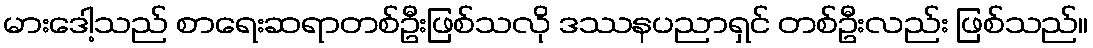
မားဒေါ့သည် စာရေးဆရာတစ်ဦးဖြစ်သလို ဒဿနပညာရှင် တစ်ဦးလည်း ဖြစ်သည်။